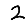
Digit: 2